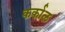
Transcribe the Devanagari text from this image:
कर्काल